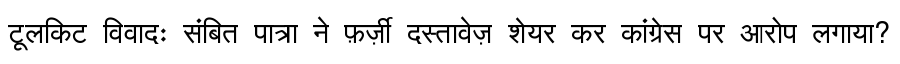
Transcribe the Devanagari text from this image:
टूलकिट विवादः संबित पात्रा ने फ़र्ज़ी दस्तावेज़ शेयर कर कांग्रेस पर आरोप लगाया?